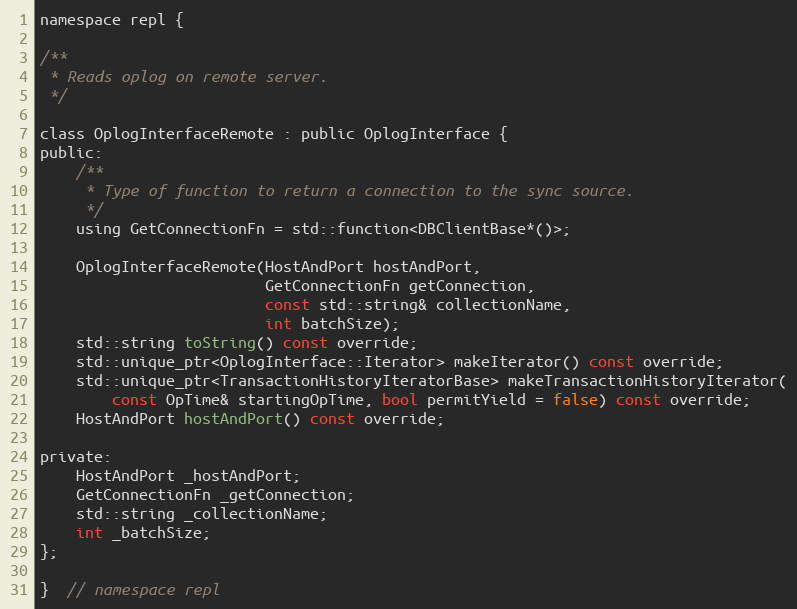
Language: C
namespace repl {

/**
 * Reads oplog on remote server.
 */

class OplogInterfaceRemote : public OplogInterface {
public:
    /**
     * Type of function to return a connection to the sync source.
     */
    using GetConnectionFn = std::function<DBClientBase*()>;

    OplogInterfaceRemote(HostAndPort hostAndPort,
                         GetConnectionFn getConnection,
                         const std::string& collectionName,
                         int batchSize);
    std::string toString() const override;
    std::unique_ptr<OplogInterface::Iterator> makeIterator() const override;
    std::unique_ptr<TransactionHistoryIteratorBase> makeTransactionHistoryIterator(
        const OpTime& startingOpTime, bool permitYield = false) const override;
    HostAndPort hostAndPort() const override;

private:
    HostAndPort _hostAndPort;
    GetConnectionFn _getConnection;
    std::string _collectionName;
    int _batchSize;
};

}  // namespace repl